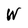
Character: W